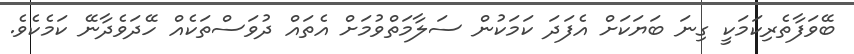
ބޭވަފާތެރިކަމަކީ ގިނަ ބަޔަކަށް އެފަދަ ކަމަކުން ސަލާމަތްވުމަށް އެތައް ދުވަސްތަކެއް ހޭދަވެދާނޭ ކަމެކެވެ.